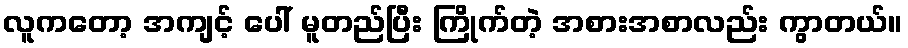
လူကတော့ အကျင့် ပေါ် မူတည်ပြီး ကြိုက်တဲ့ အစားအစာလည်း ကွာတယ်။